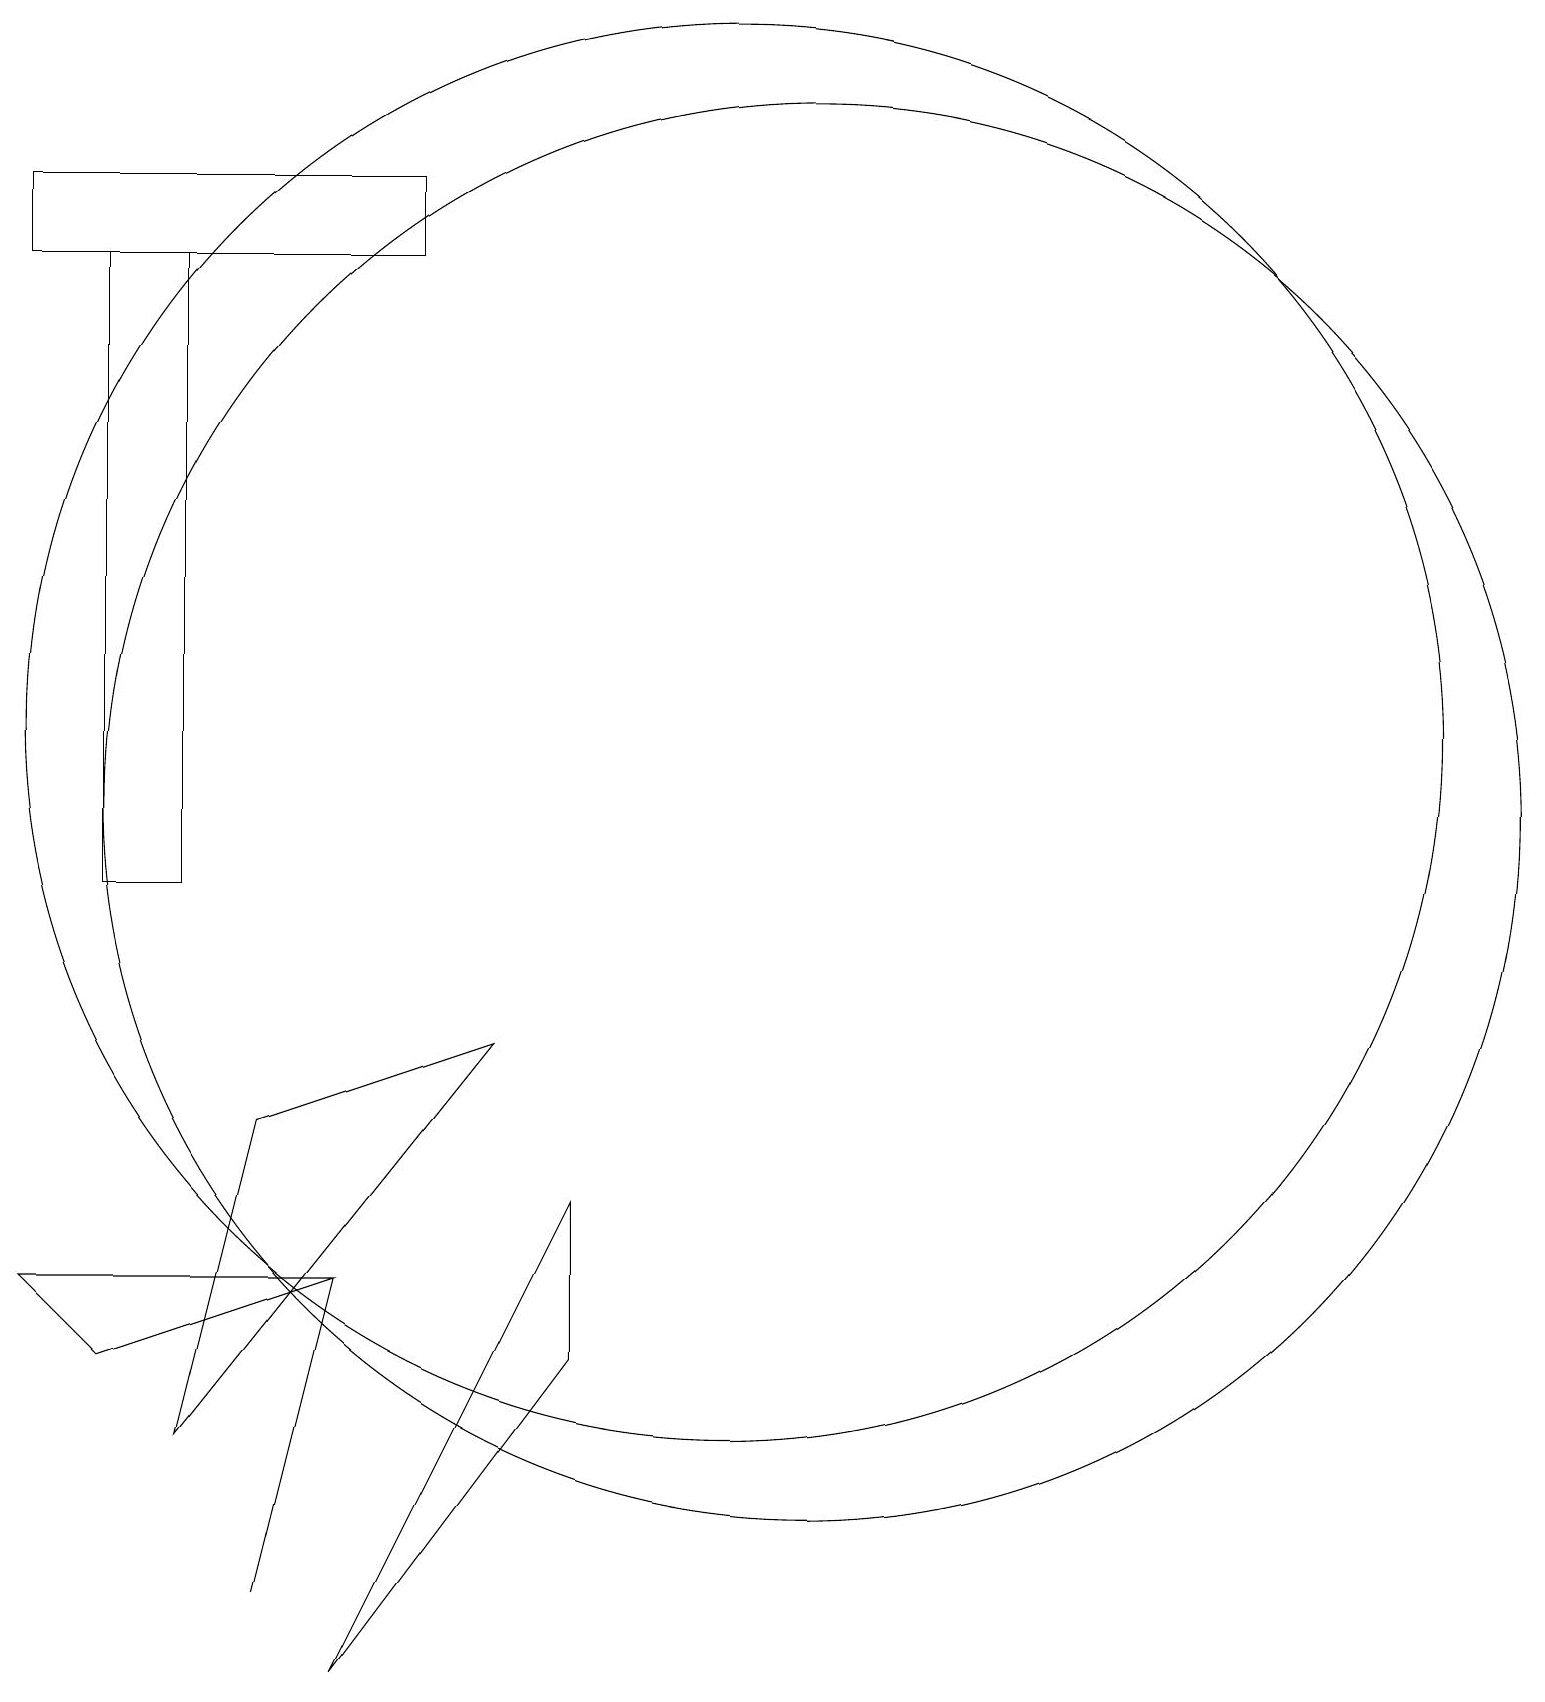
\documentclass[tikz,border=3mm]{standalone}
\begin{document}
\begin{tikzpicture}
\draw (2,19) rectangle (7,18);
\draw (4,3) -- (8,8) -- (5,7) -- cycle;
\draw (11,12) circle (9);
\draw (9,4) -- (9,6) -- (6,0) -- cycle;
\draw (12,11) circle (9);
\draw (3,10) rectangle (4,18);
\draw (6,5) -- (5,1) -- (6,5) -- cycle;
\draw (2,5) -- (3,4) -- (6,5) -- cycle;
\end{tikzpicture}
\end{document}